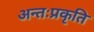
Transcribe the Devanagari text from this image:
अन्तःप्रकृति